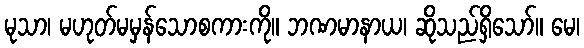
မုသာ၊ မဟုတ်မမှန်သောစကားကို။ ဘဏမာနာယ၊ ဆိုသည်ရှိသော်။ မေ၊